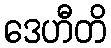
ဒေဟီတိ